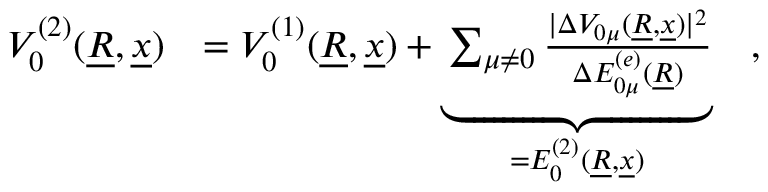
\begin{array} { r l } { V _ { 0 } ^ { ( 2 ) } ( \underline { { R } } , \underline { { x } } ) } & { = V _ { 0 } ^ { ( 1 ) } ( \underline { { R } } , \underline { { x } } ) + \underbrace { \sum _ { \mu \neq 0 } \frac { \vert \Delta V _ { 0 \mu } ( \underline { { R } } , \underline { { x } } ) \vert ^ { 2 } } { \Delta E _ { 0 \mu } ^ { ( e ) } ( \underline { { R } } ) } } _ { = E _ { 0 } ^ { ( 2 ) } ( \underline { { R } } , \underline { { x } } ) } \quad , } \end{array}